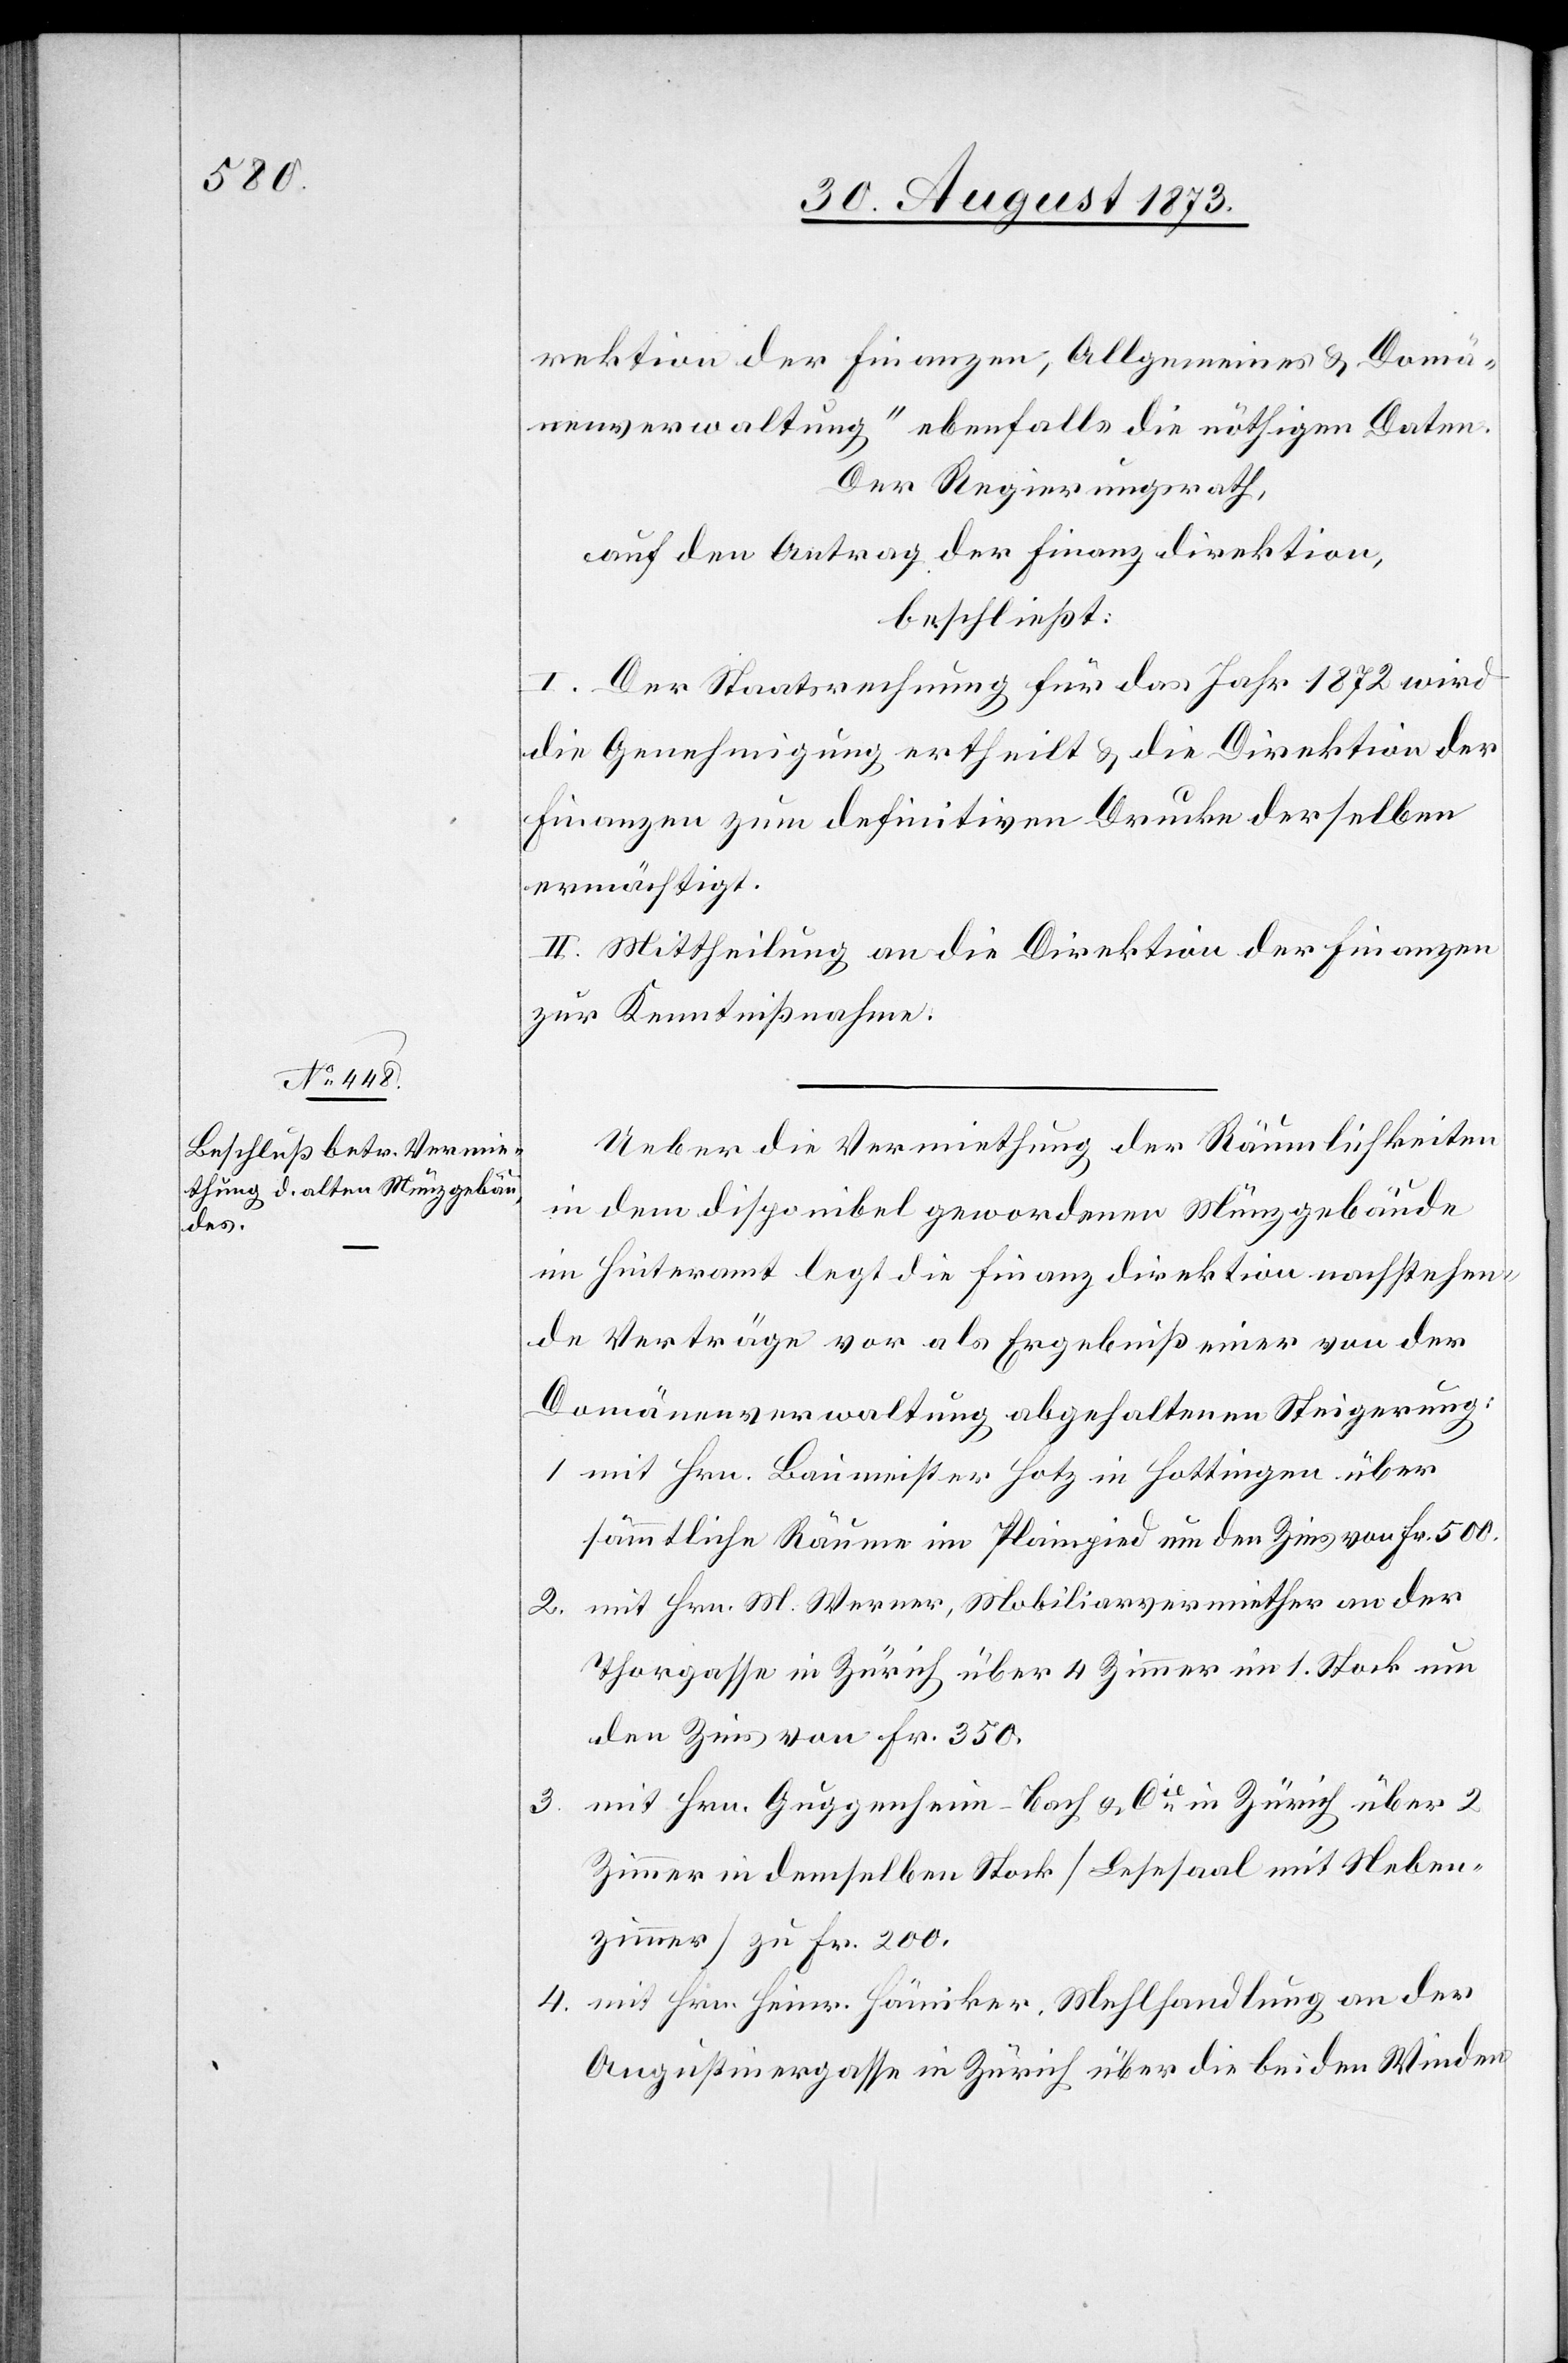
rektion der Finanzen, Allgemeines & Domä¬
nenverwaltung“ ebenfalls die nöthigen Daten.
Der Regierungsrath,
auf den Antrag der Finanzdirektion,
beschließt:
I. Der Staatsrechnung für das Jahr 1872 wird
die Genehmigung ertheilt & die Direktion der
Finanzen zum definitiven Drucke derselben
ermächtigt.
II. Mittheilung an die Direktion der Finanzen
zur Kenntnißnahme.
Ueber die Vermiethung der Räumlichkeiten
in dem disponibel gewordenen Münzgebäude
im Hinteramt legt die Finanzdirektion nachstehen¬
de Verträge vor als Ergebniß einer von der
Domänenverwaltung abgehaltenen Steigerung:
1. mit Hrn. Baumeister Hotz in Hottingen über
sämmtliche Räume im Plainpied um den Zins von Fr. 500.
2. mit Hrn. M. Werner, Mobiliarvermiether an der
Thorgasse in Zürich über 4 Zimmer im 1. Stock um
den Zins von Fr. 350.
mit Hrn. Guggenheim-Bach & Cie in Zürich über 2
3.
Zimmer in demselben Stock [Lesesaal mit Neben¬
zimmer] zu Fr. 200.
4. mit Hrn. Heinr. Hämiker, Mehlhandlung an der
Augustinergasse in Zürich über die beiden Winden